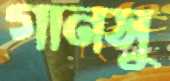
গানসু